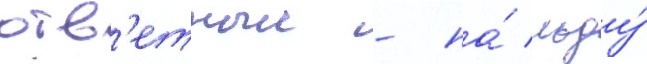
отв'етныи - на́ льду́